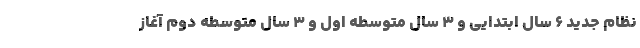
نظام جدید ۶ سال ابتدایی و ۳ سال متوسطه اول و ۳ سال متوسطه دوم آغاز